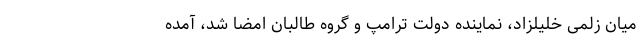
میان زلمی خلیلزاد، نماینده دولت ترامپ و گروه طالبان امضا شد، آمده